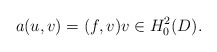
\begin{align*}a(u,v) =( f,v) v \in H_0^2(D) .\end{align*}